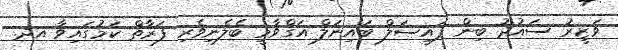
ވަޒީރު ސައުދު ބިން ފައިސަލް ބައިނަލް އަގްވާމީ ބެލެނިވެރި ފަރާތް ކަމުގައިވާ އދ.